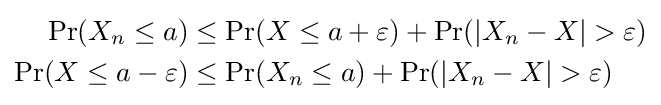
{\begin{aligned}\operatorname {Pr} (X_{n}\leq a)&\leq \operatorname {Pr} (X\leq a+\varepsilon )+\operatorname {Pr} (|X_{n}-X|>\varepsilon )\\\operatorname {Pr} (X\leq a-\varepsilon )&\leq \operatorname {Pr} (X_{n}\leq a)+\operatorname {Pr} (|X_{n}-X|>\varepsilon )\end{aligned}}